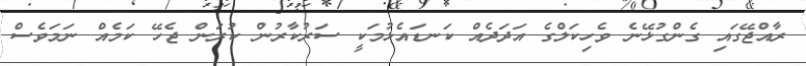
ރާއްޖޭގައި ގެންގުޅޭނެ ވެހިކަލްގެ އަދަދެއް ކަނޑައެޅުމަކީ ސަރުކާރުން ކުރަން ޖެހޭ ކަމެއް ނަމަވެސް